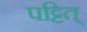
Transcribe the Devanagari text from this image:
पट्टित्